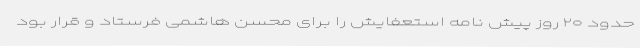
حدود ۲۰ روز پیش نامه استعفایش را برای محسن هاشمی فرستاد و قرار بود